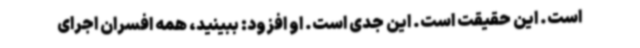
است. این حقیقت است. این جدی است. او افزود: ببینید، همه افسران اجرای